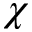
\chi